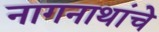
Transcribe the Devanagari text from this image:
नागनाथांचे